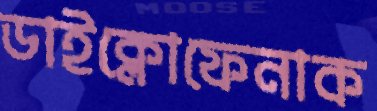
ডাইক্লোফেনাক